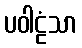
ပဝါဠံသာ